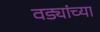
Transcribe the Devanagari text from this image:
वड्यांच्या